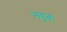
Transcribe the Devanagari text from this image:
लहुक